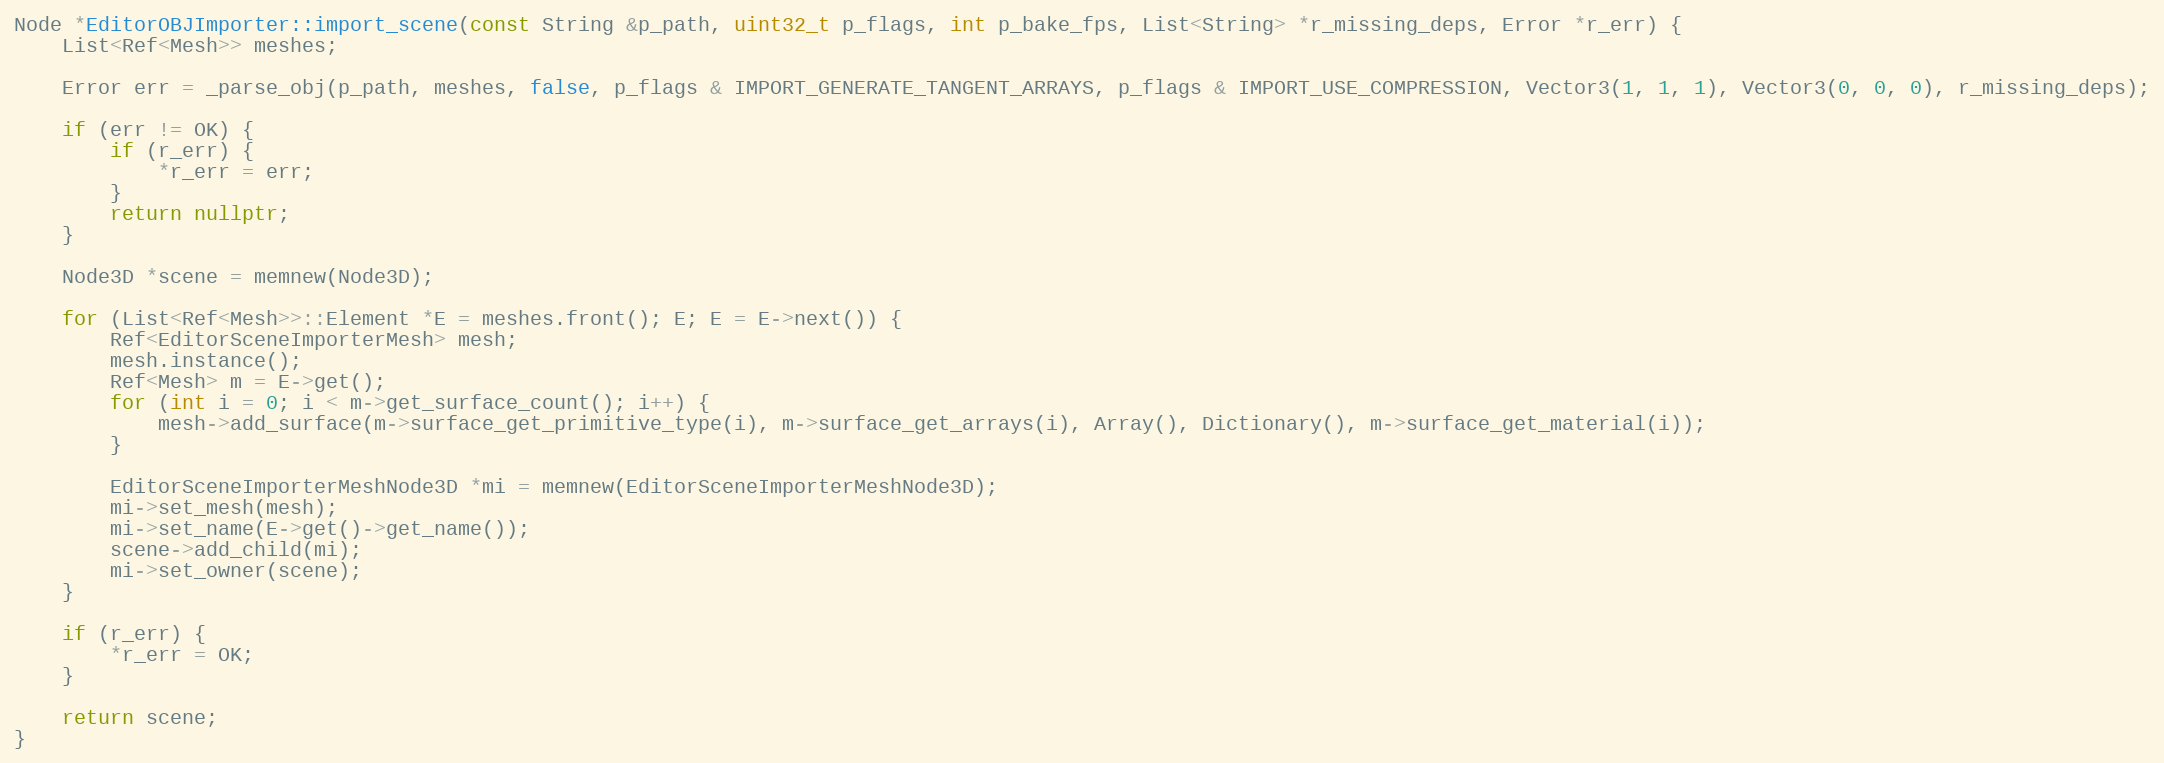
Language: C++
Node *EditorOBJImporter::import_scene(const String &p_path, uint32_t p_flags, int p_bake_fps, List<String> *r_missing_deps, Error *r_err) {
	List<Ref<Mesh>> meshes;

	Error err = _parse_obj(p_path, meshes, false, p_flags & IMPORT_GENERATE_TANGENT_ARRAYS, p_flags & IMPORT_USE_COMPRESSION, Vector3(1, 1, 1), Vector3(0, 0, 0), r_missing_deps);

	if (err != OK) {
		if (r_err) {
			*r_err = err;
		}
		return nullptr;
	}

	Node3D *scene = memnew(Node3D);

	for (List<Ref<Mesh>>::Element *E = meshes.front(); E; E = E->next()) {
		Ref<EditorSceneImporterMesh> mesh;
		mesh.instance();
		Ref<Mesh> m = E->get();
		for (int i = 0; i < m->get_surface_count(); i++) {
			mesh->add_surface(m->surface_get_primitive_type(i), m->surface_get_arrays(i), Array(), Dictionary(), m->surface_get_material(i));
		}

		EditorSceneImporterMeshNode3D *mi = memnew(EditorSceneImporterMeshNode3D);
		mi->set_mesh(mesh);
		mi->set_name(E->get()->get_name());
		scene->add_child(mi);
		mi->set_owner(scene);
	}

	if (r_err) {
		*r_err = OK;
	}

	return scene;
}